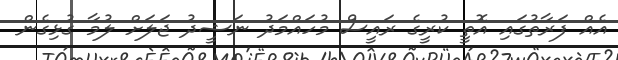
އެއް ފަރާތުގައި އޮތީ ކުރީގެ ރައީސް މުހައްމަދު ނަޝީދު ޖަލަށް ލުމާ ގުޅިގެން